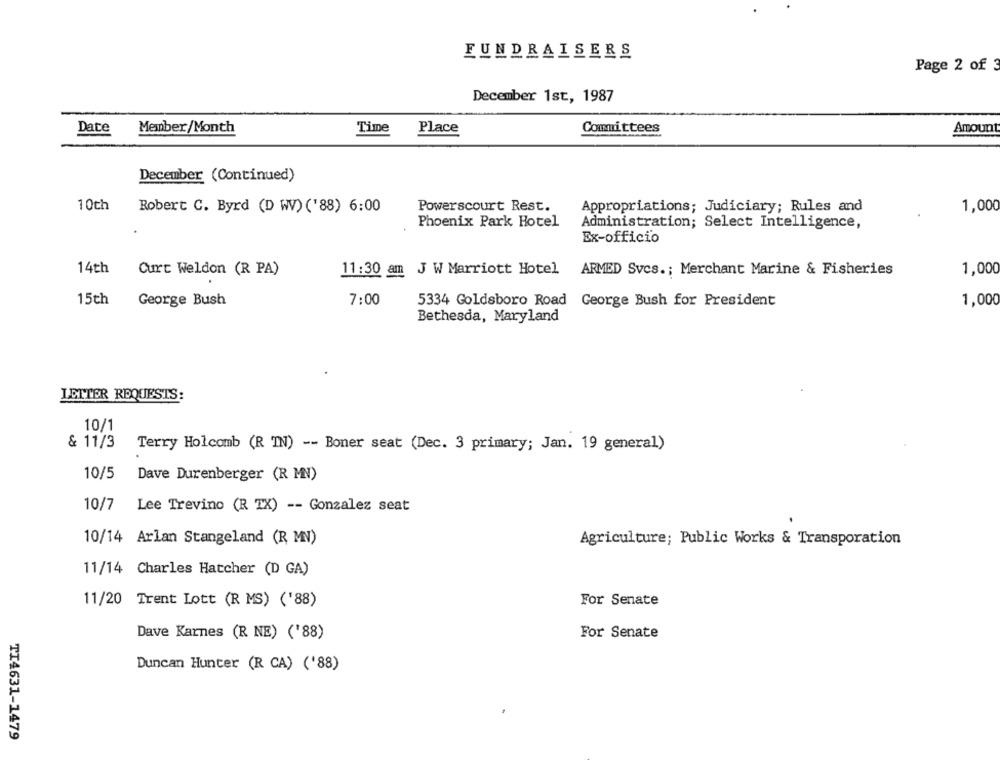
FUNDRAISERS
Page 2 of 3
December 1st, 1987
Date
Member/Month
Time
Place
Committees
Amount
December (Continued)
10th
Robert C. Byrd (D WV) ('88) 6:00
Powerscourt Rest.
Appropriations; Judiciary; Rules and
1,000
Phoenix Park Hotel
Administration; Select Intelligence,
Ex-officio
14th
Curt Weldon (R PA)
11:30 am J W Marriott Hotel
ARMED Svcs .; Merchant Marine & Fisheries
1,000
15th
George Bush
7:00
5334 Goldsboro Road George Bush for President
1,000
Bethesda, Maryland
LETTER REQUESTS:
10/1
& 11/3
Terry Holcomb (R IN) -- Boner seat (Dec. 3 primary; Jan. 19 general)
10/5
Dave Durenberger (R MN)
10/7
Lee Trevino (R TX) -- Gonzalez seat
10/14 Arlan Stangeland (R MN)
Agriculture; Public Works & Transporation
11/14 Charles Hatcher (D GA)
11/20 Trent Lott (R MS) ('88)
For Senate
Dave Karnes (R NE) ('88)
For Senate
Duncan Hunter (R CA) ('88)
TI4631-1479